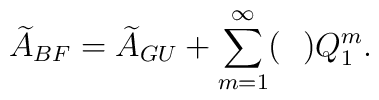
{\widetilde A}_{BF} = {\widetilde A}_{GU} + \sum_{m=1}^{\infty} (~~)Q_1^m.